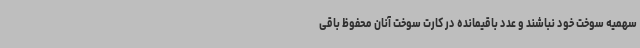
سهمیه سوخت خود نباشند و عدد باقیمانده در کارت سوخت آنان محفوظ باقی